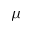
\mu